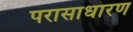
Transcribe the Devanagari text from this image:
परासाधारण